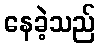
နေခဲ့သည်